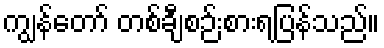
ကျွန်တော် တစ်ချီစဉ်းစားရပြန်သည်။